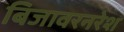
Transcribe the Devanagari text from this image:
बिजावरनरेश